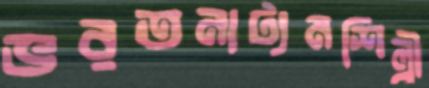
ভরতনাট্যমশিল্পী